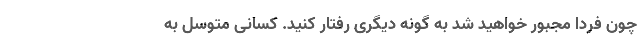
چون فردا مجبور خواهید شد به گونه دیگری رفتار کنید. کسانی متوسل به